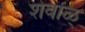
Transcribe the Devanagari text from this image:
शेवाळ्